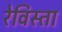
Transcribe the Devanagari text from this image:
रेविस्ता